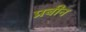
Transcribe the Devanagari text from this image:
प्रबीन